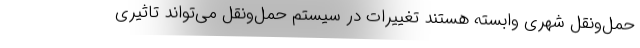
حمل‌ونقل شهری وابسته هستند تغییرات در سیستم حمل‌ونقل می‌تواند تاثیری